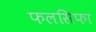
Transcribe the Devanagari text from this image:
फलसिफा